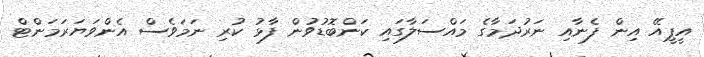
އީޕީއޭ އިން ފެނާއި ނަރުދަމާގެ މައްސަލާގައި ކަންބޮޑުވުން ފާޅު ކުރި ނަމަވެސް އެންވަޔަރަމަންޓް